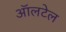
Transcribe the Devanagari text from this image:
ऑलटेल